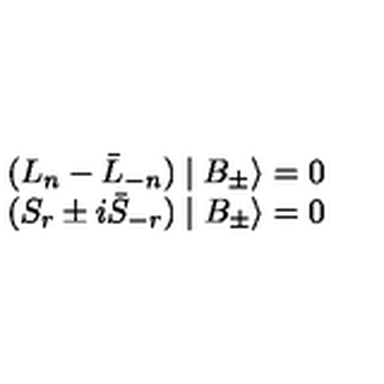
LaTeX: \begin{array} { l } { ( L _ { n } - \bar { L } _ { - n } ) \mid B _ { \pm } \rangle = 0 } \\ { ( S _ { r } \pm i \bar { S } _ { - r } ) \mid B _ { \pm } \rangle = 0 } \\ \end{array}